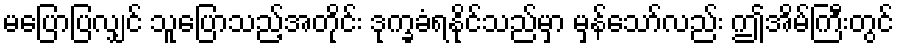
မပြောပြလျှင် သူပြောသည့်အတိုင်း ဒုက္ခခံရနိုင်သည်မှာ မှန်သော်လည်း ဤအိမ်ကြီးတွင်